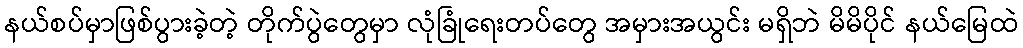
နယ်စပ်မှာဖြစ်ပွားခဲ့တဲ့ တိုက်ပွဲတွေမှာ လုံခြုံရေးတပ်တွေ အမှားအယွင်း မရှိဘဲ မိမိပိုင် နယ်မြေထဲ